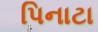
પિનાટા